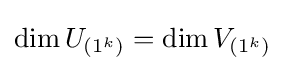
\dim U_{(1^{k})}=\dim V_{(1^{k})}